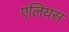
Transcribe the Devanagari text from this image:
एलियस